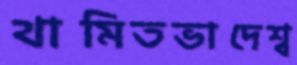
থামিতভাদেশ্ব